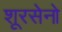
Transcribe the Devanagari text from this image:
शूरसेनो